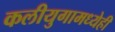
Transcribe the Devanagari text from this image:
कलीयुगामध्येही